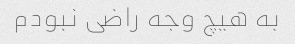
به هیچ وجه راضی نبودم